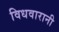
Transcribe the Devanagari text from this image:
विधवारानी